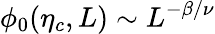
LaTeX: \phi_{0}(\eta_{c},L)\sim L^{-\beta/\nu}